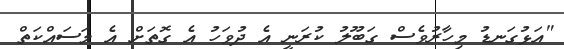
"އަޅުގަނޑު މިހާރުވެސް ގަބޫލު ކުރަނީ އެ ދުވަހު އެ ގޮތަށް އެ މަަސައްކަތް